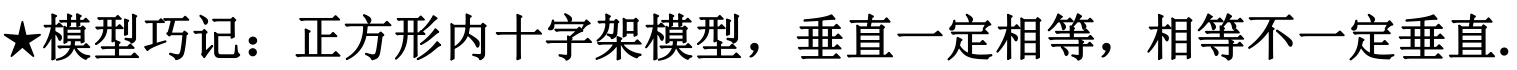
★模型巧记：正方形内十字架模型，垂直一定相等，相等不一定垂直.